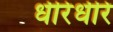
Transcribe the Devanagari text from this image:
धीरेधीरे